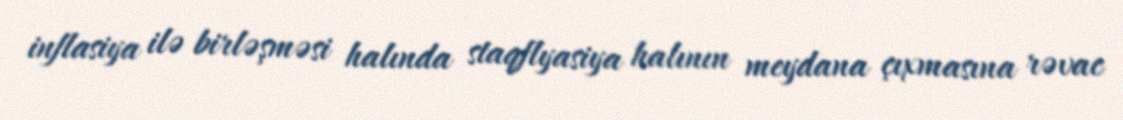
inflasiya ilə birləşməsi halında staqflyasiya halının meydana çıxmasına rəvac